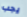
يجب